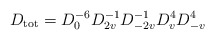
\begin{align*}D_{\rm tot}=D_0^{-6} D_{2v}^{-1} D_{-2v}^{-1} D_v^4 D_{-v}^4\end{align*}